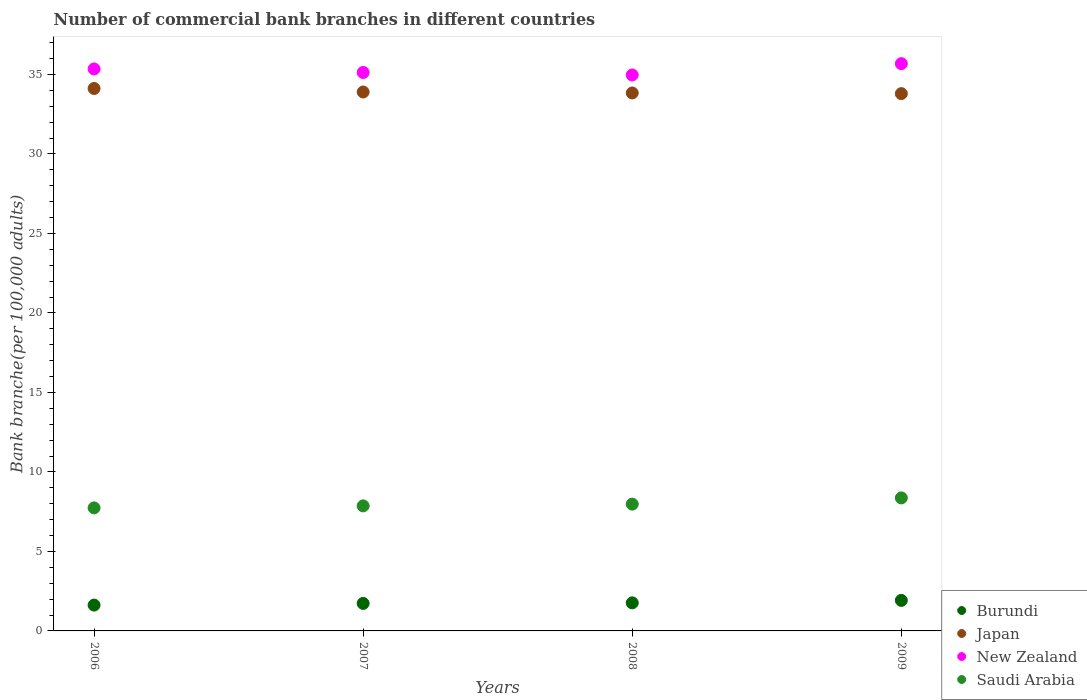
| Years | Burundi | Japan | New Zealand | Saudi Arabia |
 | --- | --- | --- | --- | --- |
 | 2006 | 1.62 | 34.1 | 35.3 | 7.74 |
 | 2007 | 1.73 | 33.9 | 35.1 | 7.86 |
 | 2008 | 1.76 | 33.8 | 35 | 7.97 |
 | 2009 | 1.92 | 33.8 | 35.7 | 8.37 |